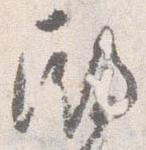
殿